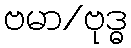
ဗမာ/ဗုဒ္ဓ